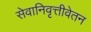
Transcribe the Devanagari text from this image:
सेवानिवृत्तीवेतन